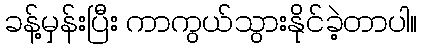
ခန့်မှန်းပြီး ကာကွယ်သွားနိုင်ခဲ့တာပါ။